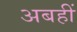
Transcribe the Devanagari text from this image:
अबहीं